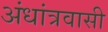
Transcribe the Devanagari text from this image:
अंधांत्रवासी